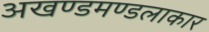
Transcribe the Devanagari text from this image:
अखण्डमण्डलाकार